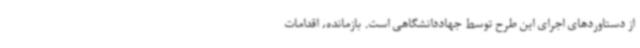
از دستاوردهای اجرای این طرح توسط جهاددانشگاهی است. بازمانده، اقدامات